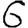
Digit: 6